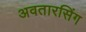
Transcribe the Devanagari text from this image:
अवतारसिंग